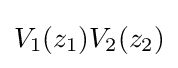
V_{1}(z_{1})V_{2}(z_{2})